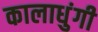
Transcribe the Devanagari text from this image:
कालाधुंगी